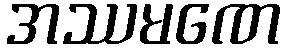
အဿမဏေ